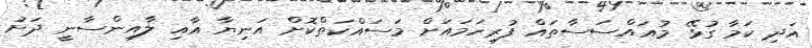
އަދި ކަމާ ގުޅޭ މުއައްސަސާތައް ފުރިހަމައަށް މަސައްކަތްކޮށް އަނިޔާ އާއި ލާއިންސާނީ ދަށު